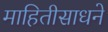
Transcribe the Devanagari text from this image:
माहितीसाधने